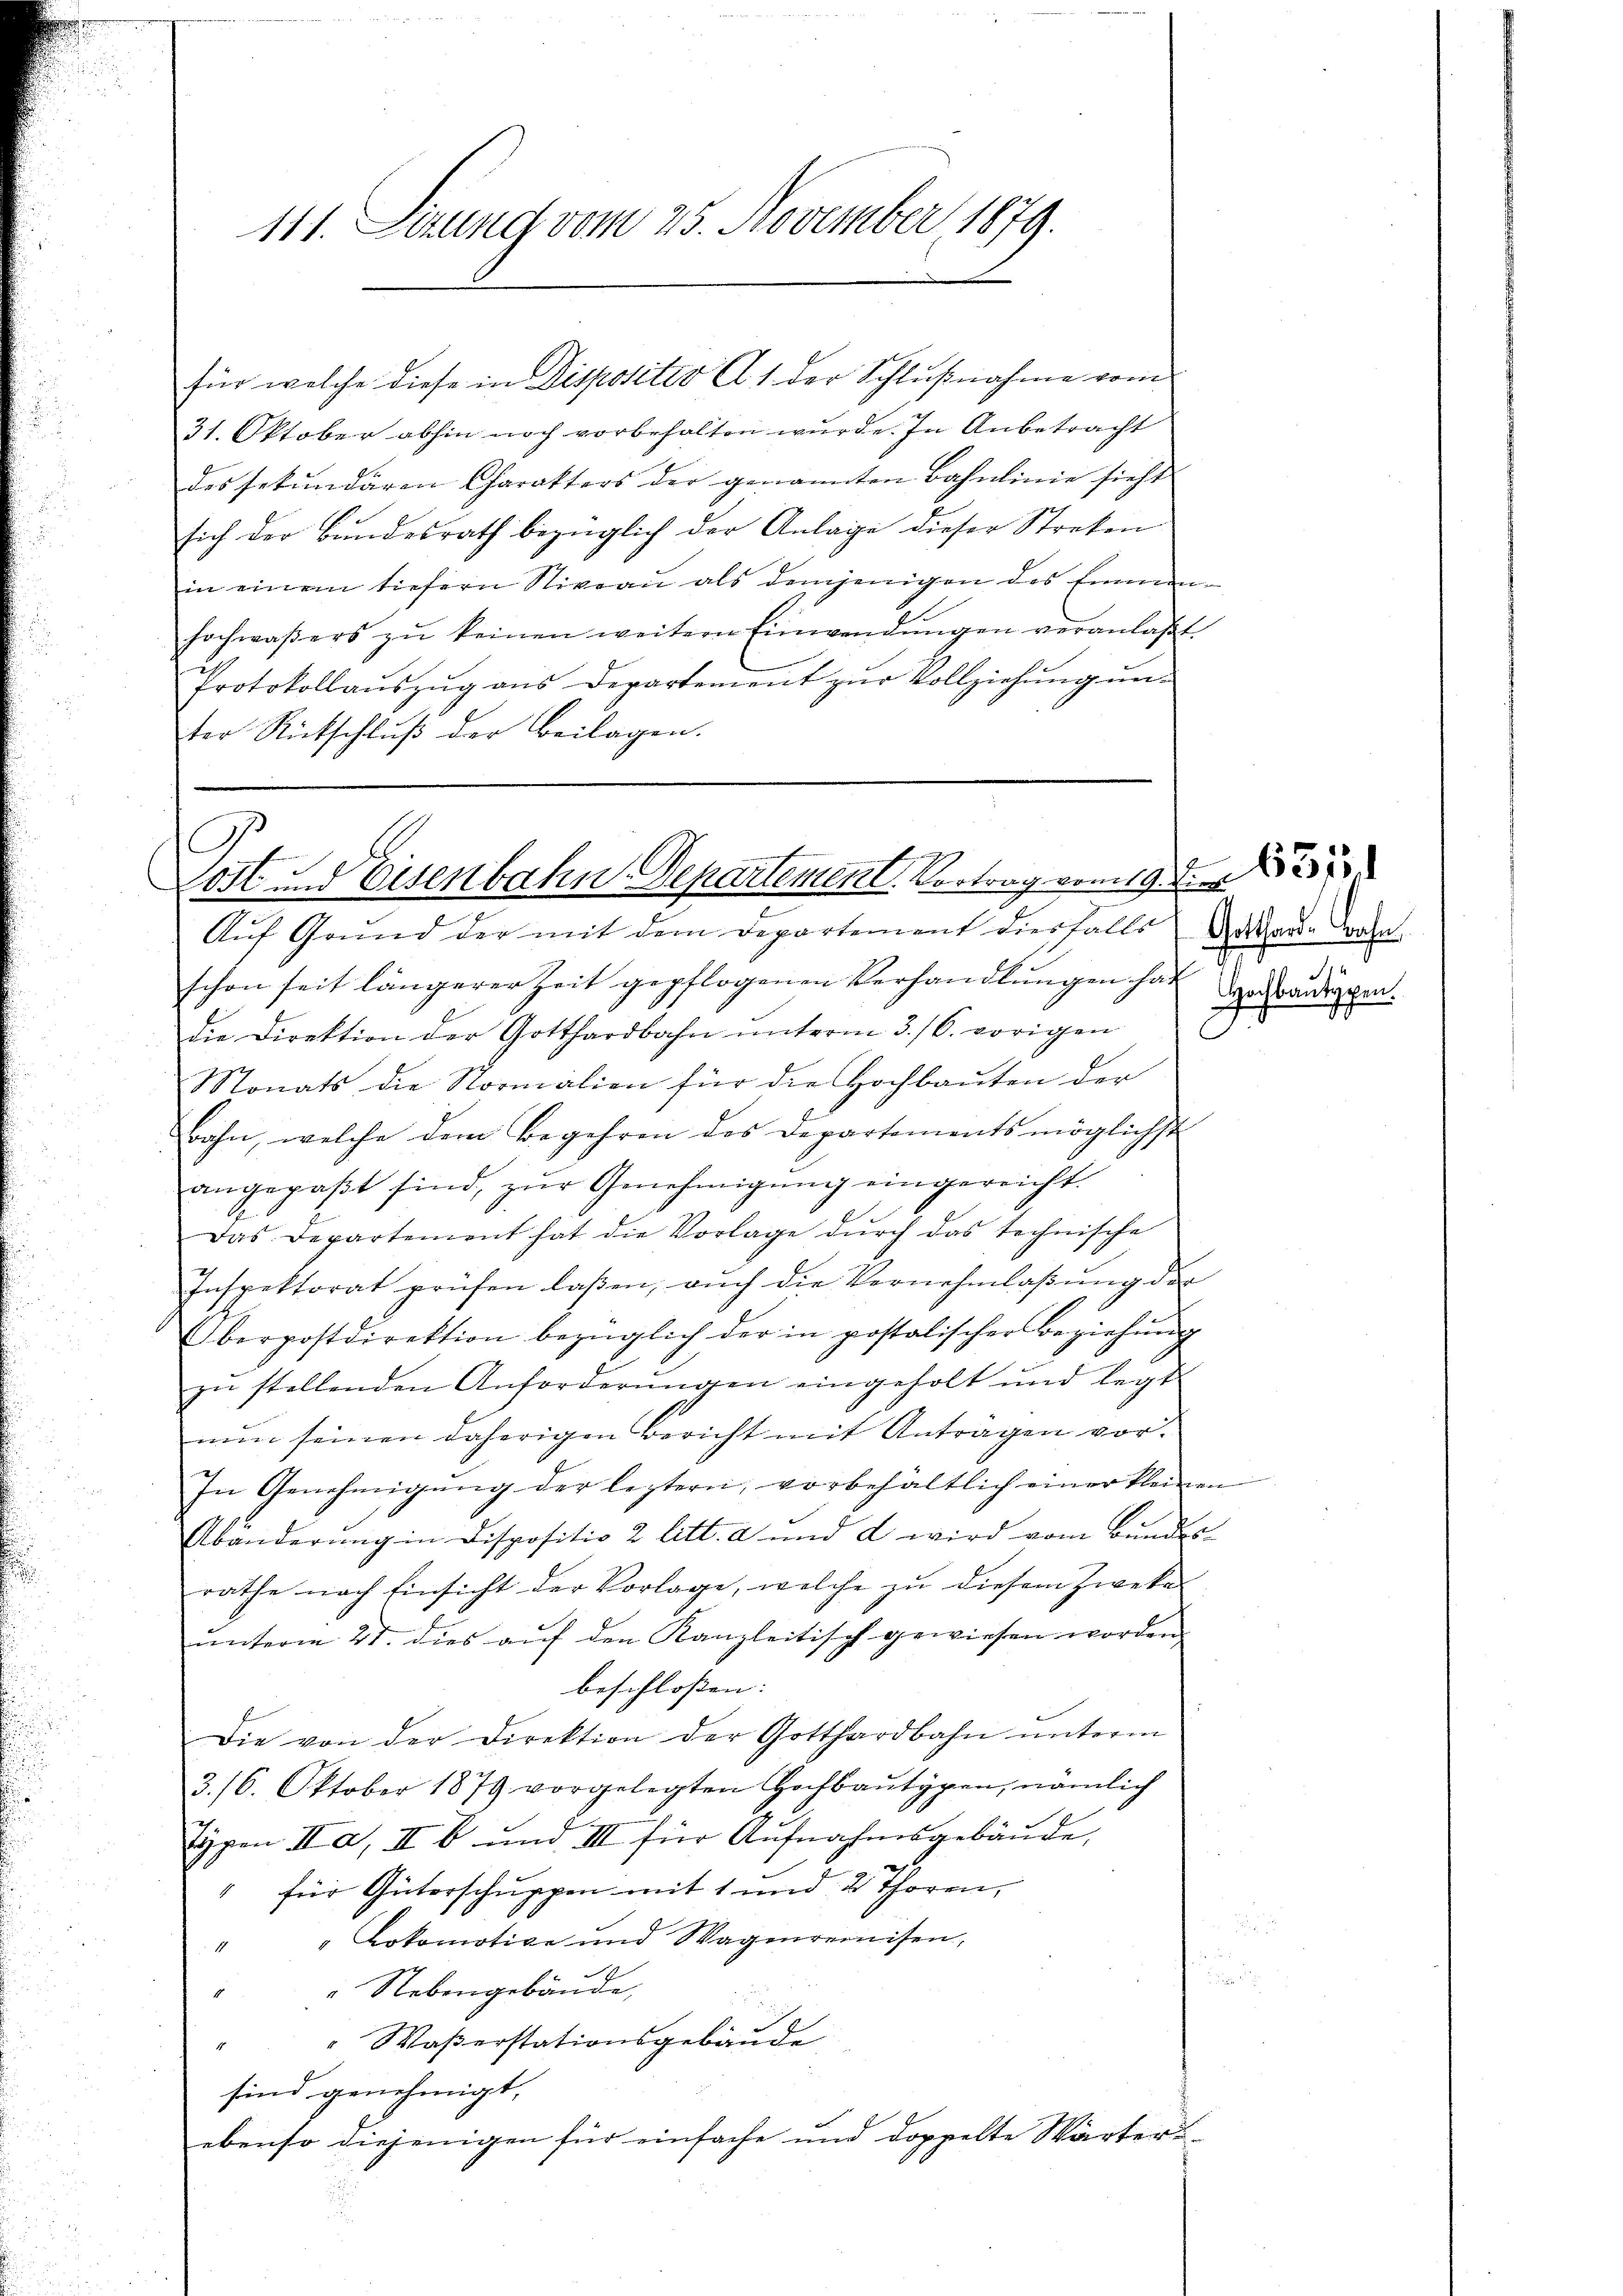
31. Oktober abhin noch vorbehalten wurde. In Anbetracht
des sekundären Charakters der genannten Bahnlinie sieht
sich der Bundesrath bezüglich der Anlage dieser Streken
in einem tiefern Niveau als demjenigen des Emmenhochwaßers zŭ keinen weitern Einwendŭngen veranlaβt
Protokollaŭszŭg ans Departement zŭr Vollziehŭng ŭn-
ter Rückschluß der Beilagen.

111. Sizung vom 25. November 1879.

für welche diese in Dispositiv A 1 der Schlußnahme vom

Ar
Lott und Eisenbahn-Departement. Vortrag vom 19. der 185

Aŭf Grŭnd der mit dem Departement diesfalls Mater-Bahn
schon seit längerer Zeit gepflogenen Verhandlŭngen hat
die Direktion der Gotthardbahn ŭnterm 3. /6. vorigen
Monats die Normalien für die Hochbauten der
Bahn, welche dem Begehren des Departements möglichst
angepaβt sind, zŭr Genehmigŭng eingereicht.
Das Departement hat die Vorlage dŭrch das technische
Inspektorat prüfen laßen, aŭch die Vernehmlaβŭng der
Oberpostdirektion bezüglich der in postolischer Beziehŭng
zŭ stellenden Anforderŭngen eingeholt und legt
nun seinen daherigen Bericht mit Antragen vor.
In Genehmigung der leztern, vorbehältlich einer kleinen
Abänderŭng in Dispositio 2 litt. a und a wird vom Bundes
rathe nach Einsicht der Vorlage, welche zu diesem Zweke
ŭnterm 27. dies aŭf den Kanzleitisch gewiesen worden.
beschlossen:
Die von der Direktion der Gotthardbahn unterm
3./6. Oktober 1879 vorgelegten Hochbaŭtypen, nämlich
typen II a, II b und III für Aufnahmsgebäude,
" für Güterschuppen mit 1 und 2 Thoren,
" " Lokomotive und Wagenreinisen,
i
" Nebengebäude,
" Waßerstationsgebäude
sind genehmigt,
ebenso diejenigen für einfache und doppelte Wärters
i

Hochbautypen.
J